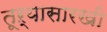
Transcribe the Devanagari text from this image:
तूऱ्यासारखी